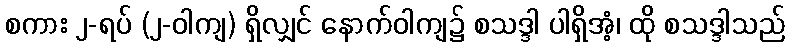
စကား ၂-ရပ် (၂-ဝါကျ) ရှိလျှင် နောက်ဝါကျ၌ စသဒ္ဒါ ပါရှိအံ့၊ ထို စသဒ္ဒါသည်